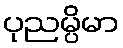
ပုညမ္ပိမာ